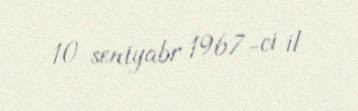
10 sentyabr 1967-ci il